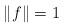
LaTeX: \begin{align*}\|f\|=1\quad\end{align*}